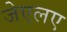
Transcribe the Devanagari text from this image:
जेएलए